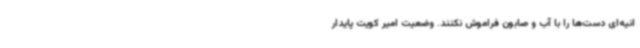
انیه‌ای دست‌ها را با آب و صابون فراموش نکنند. وضعیت امیر کویت پایدار